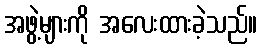
အဖွဲ့များကို အလေးထားခဲ့သည်။